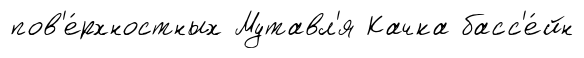
пов'е́рхностных Мутавл'я Качка басс'е́йн